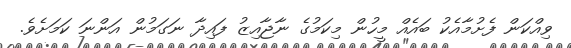
ވިއްކަން ފެށުމާއެކު ބައެއް މީހުން މިކަމުގެ ނާޖާއިޒު ފައިދާ ނަގަމުން އަންނަ ކަމަށެވެ.